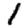
Digit: 1